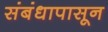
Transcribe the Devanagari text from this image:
संबंधापासून